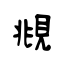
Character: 覜